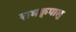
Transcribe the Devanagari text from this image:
रामकृपालु